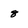
Character: 8